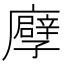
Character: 𢋶